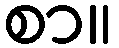
စာ။